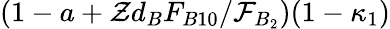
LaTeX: (1-a+\mathcal{Z}d_{B}F_{B10}/\mathcal{F}_{B_{2}})(1-\kappa_{1})